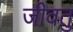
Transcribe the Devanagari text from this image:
जीवतु